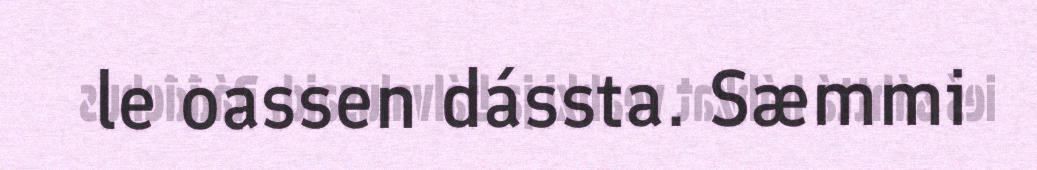
le oassen dássta. Sæmmi